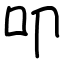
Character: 叩